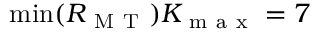
\operatorname* { m i n } ( R _ { \mathrm { ~ M ~ T ~ } } ) K _ { \mathrm { ~ m ~ a ~ x ~ } } = 7